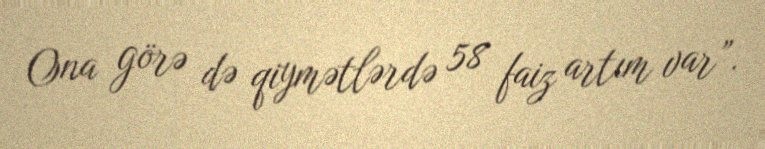
Ona görə də qiymətlərdə 58 faiz artım var”.